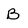
Character: B